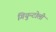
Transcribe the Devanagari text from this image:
गियुन्टोली